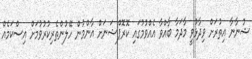
ޝުނާނާ އިތުރަށް ވިދާޅުވީ މާދަމާ ބާއްވާ އެއްވުމުގައި ކޮރޮޕްޝަނަށް އާންމުން ހޭލުންތެރިކުރުވުމަށް އިސްކަމެއް